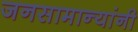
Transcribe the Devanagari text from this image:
जनसामान्यांनी